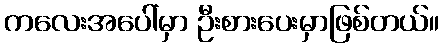
ကလေးအပေါ်မှာ ဦးစားပေးမှာဖြစ်တယ်။